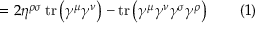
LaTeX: = 2 \eta ^ { \rho \sigma } \operatorname { t r } \left( \gamma ^ { \mu } \gamma ^ { \nu } \right) - \operatorname { t r } \left( \gamma ^ { \mu } \gamma ^ { \nu } \gamma ^ { \sigma } \gamma ^ { \rho } \right) \quad \quad ( 1 )